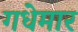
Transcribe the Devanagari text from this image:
गधेमार